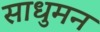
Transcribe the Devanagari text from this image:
साधुमन